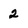
Character: 2